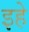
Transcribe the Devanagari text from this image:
इहे